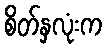
စိတ်နှလုံးက